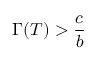
\Gamma ( T ) > \frac { c } { b }